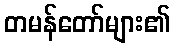
တမန်တော်များ၏